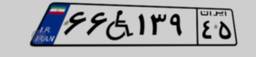
۳۶W۴۵۲۵۳